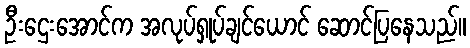
ဦးဌေးအောင်က အလုပ်ရှုပ်ချင်ယောင် ဆောင်ပြနေသည်။